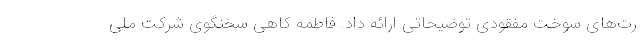
رت‌های سوخت مفقودی توضیحاتی ارائه داد. فاطمه کاهی سخنگوی شرکت ملی